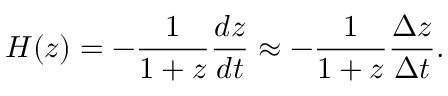
H ( z ) = - { \frac { 1 } { 1 + z } } { \frac { d z } { d t } } \approx - { \frac { 1 } { 1 + z } } { \frac { \Delta z } { \Delta t } } .